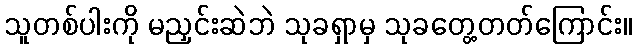
သူတစ်ပါးကို မညှင်းဆဲဘဲ သုခရှာမှ သုခတွေ့တတ်ကြောင်း။